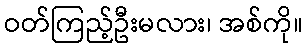
ဝတ်ကြည့်ဦးမလား၊ အစ်ကို။